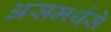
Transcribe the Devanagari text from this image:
असमर्थसे